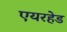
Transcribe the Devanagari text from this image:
एयरहेड